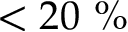
< 2 0 ~ \%